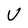
Character: U